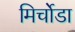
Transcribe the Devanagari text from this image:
मिर्चोडा